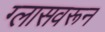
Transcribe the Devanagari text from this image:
ग्लासवरून